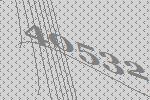
40532